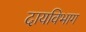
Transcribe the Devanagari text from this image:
दायविभाग